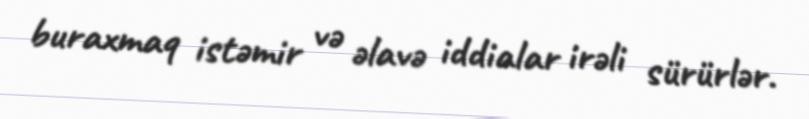
buraxmaq istəmir və əlavə iddialar irəli sürürlər.